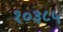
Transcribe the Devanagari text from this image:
१०३८५